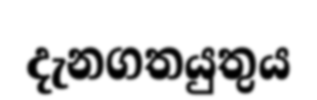
දැනගතයුතුය